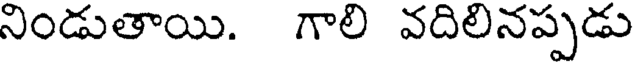
నిండుతాయి. గాలి వదిలినప్పడు